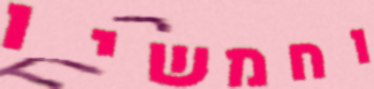
וחמשיו